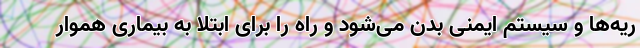
ریه‌ها و سیستم ایمنی بدن می‌شود و راه را برای ابتلا به بیماری هموار